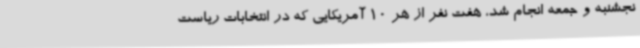
نجشنبه و جمعه انجام شد، هفت نفر از هر 10 آمریکایی که در انتخابات ریاست